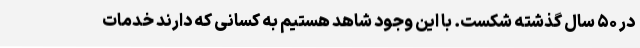
در ۵۰ سال گذشته شکست. با این وجود شاهد هستیم به کسانی که دارند خدمات